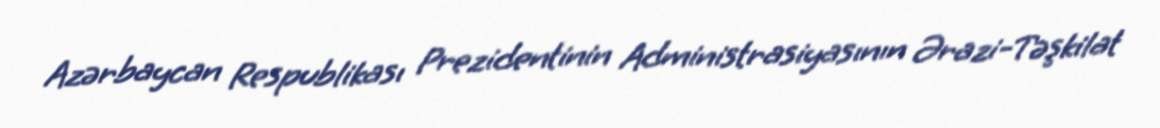
Azərbaycan Respublikası Prezidentinin Administrasiyasının Ərazi-Təşkilat